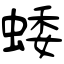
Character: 蜲